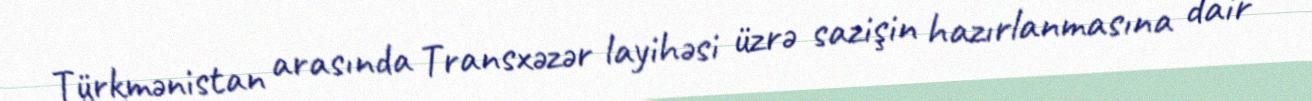
Türkmənistan arasında Transxəzər layihəsi üzrə sazişin hazırlanmasına dair